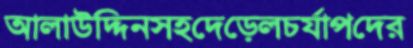
আলাউদ্দিনসহদেড়েলচর্যাপদের